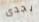
يجدى